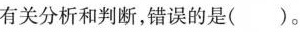
有关分析和判断，错误的是( )。